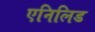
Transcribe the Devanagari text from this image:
एनिलिड